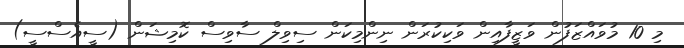
މި 10 މުވައްޒަފުން ވަޒީފާއިން ވަކިކުރަން ނިންމިކަން ސިވިލް ސާވިސް ކޮމިޝަން (ސީއެސްސީ)